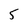
Character: 5